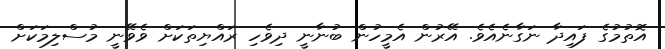
އޮތުމުގެ ފައިދާ ނަގާނެއެވެ. އޭރުން އެމީހުން ބުނާނީ ދިވެހި ރައްޔިތަކަށް ވެވޭނީ މުސްލިމަކަށް